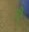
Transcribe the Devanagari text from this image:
जीे